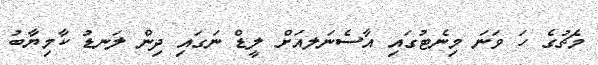
މެޗުގެ ހަ ވަނަ މިނެޓުގައި އާސެނަލއަށް ލީޑް ނަގައި ދިން ލަނޑު ކާމިޔާބު